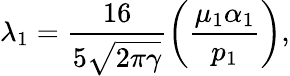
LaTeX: \lambda_{1}=\frac{16}{5\sqrt{2\pi\gamma}}\left(\frac{\mu_{1}\alpha_{1}}{p_{1}}\right),